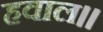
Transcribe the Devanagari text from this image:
हवाल।।